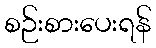
စဉ်းစားပေးရန်